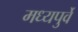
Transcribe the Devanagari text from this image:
मध्यपुर्वे